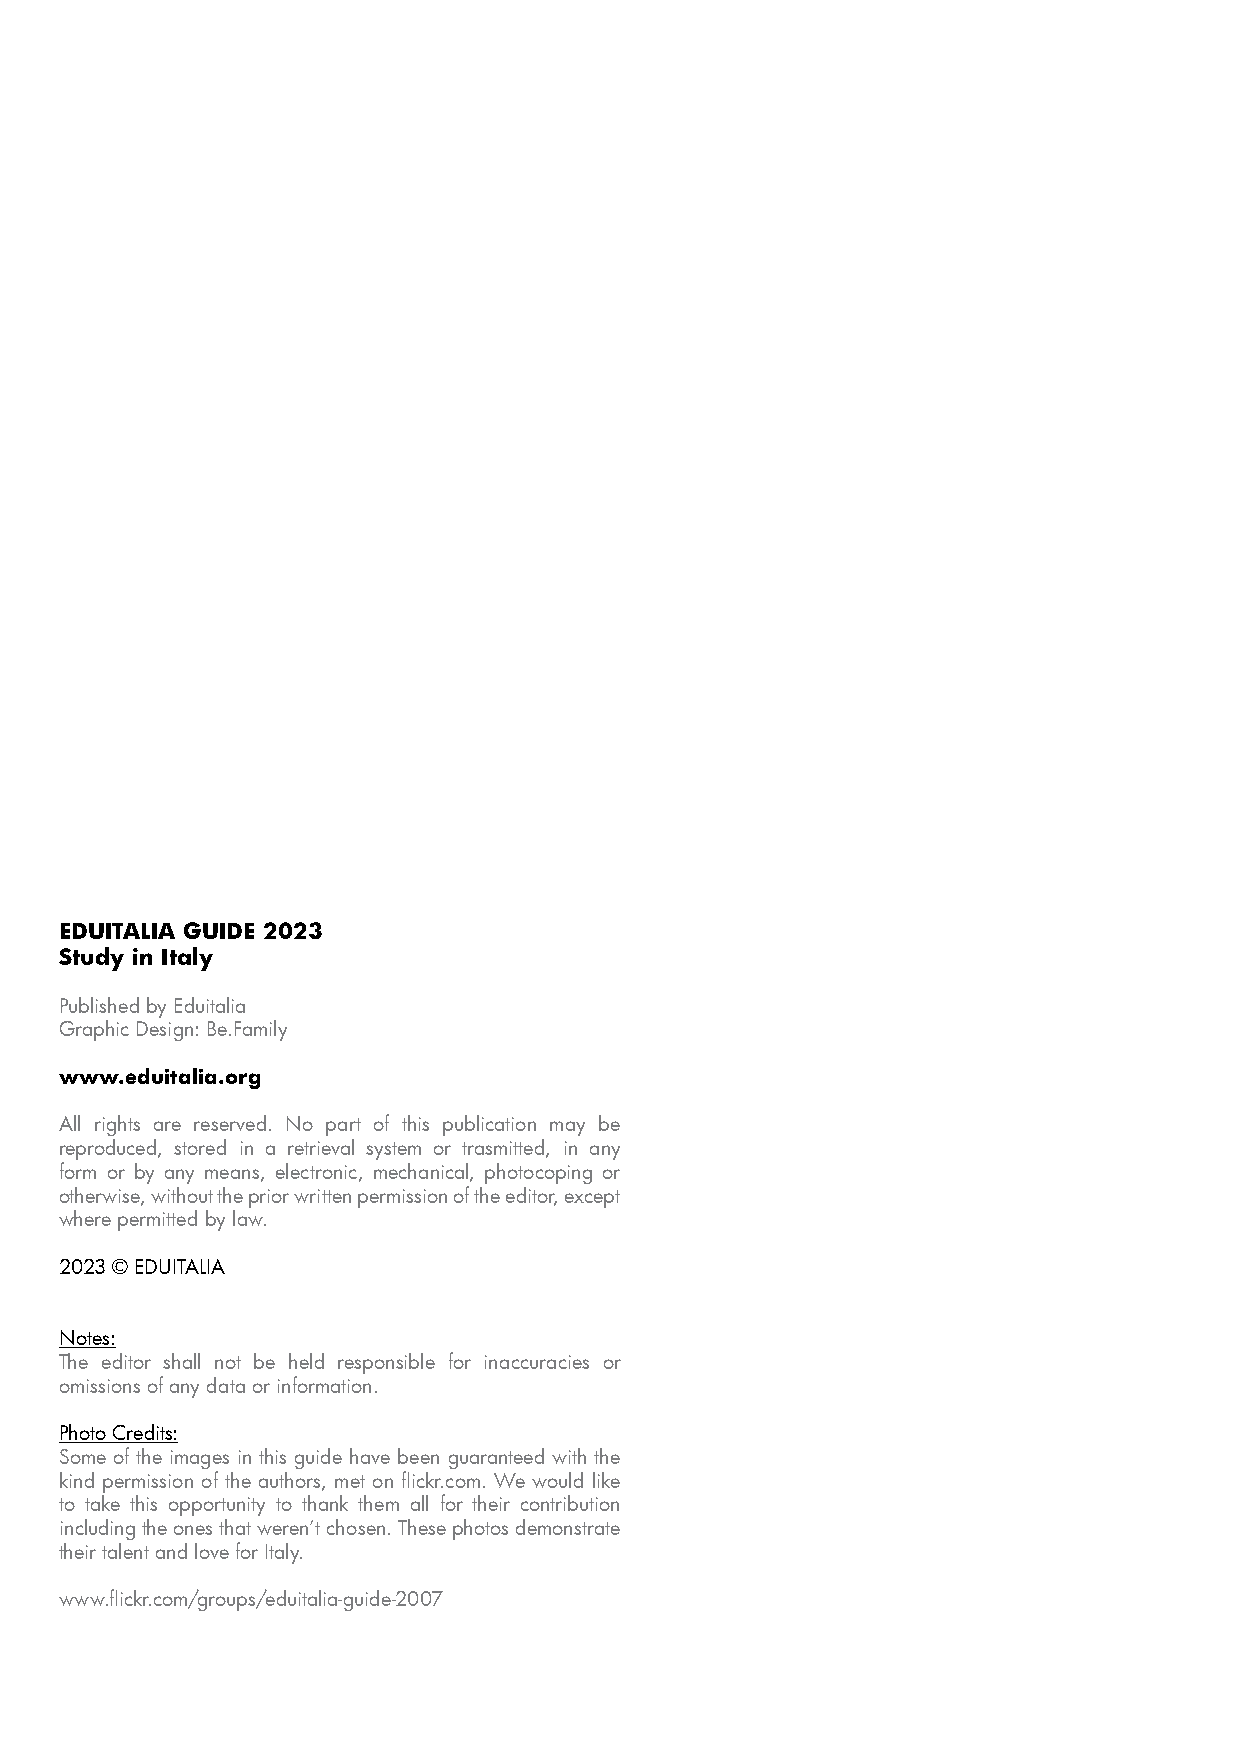
EDUITALIA GUIDE 2023
 Study in Italy
 Published by Eduitalia
 Graphic Design: Be.Family
 www.eduitalia.org
 All rights are reserved. No part of this publication may be
 reproduced, stored in a retrieval system or trasmitted, in any
 form or by any means, electronic, mechanical, photocoping or
 otherwise, without the prior written permission of the editor, except
 where permitted by law.
 2023 © EDUITALIA
 Notes:
 The editor shall not be held responsible for inaccuracies or
 omissions of any data or information.
 Photo Credits:
 Some of the images in this guide have been guaranteed with the
 kind permission of the authors, met on flickr.com. We would like
 to take this opportunity to thank them all for their contribution
 including the ones that weren’t chosen. These photos demonstrate
 their talent and love for Italy.
 www.flickr.com/groups/eduitalia-guide-2007
 96